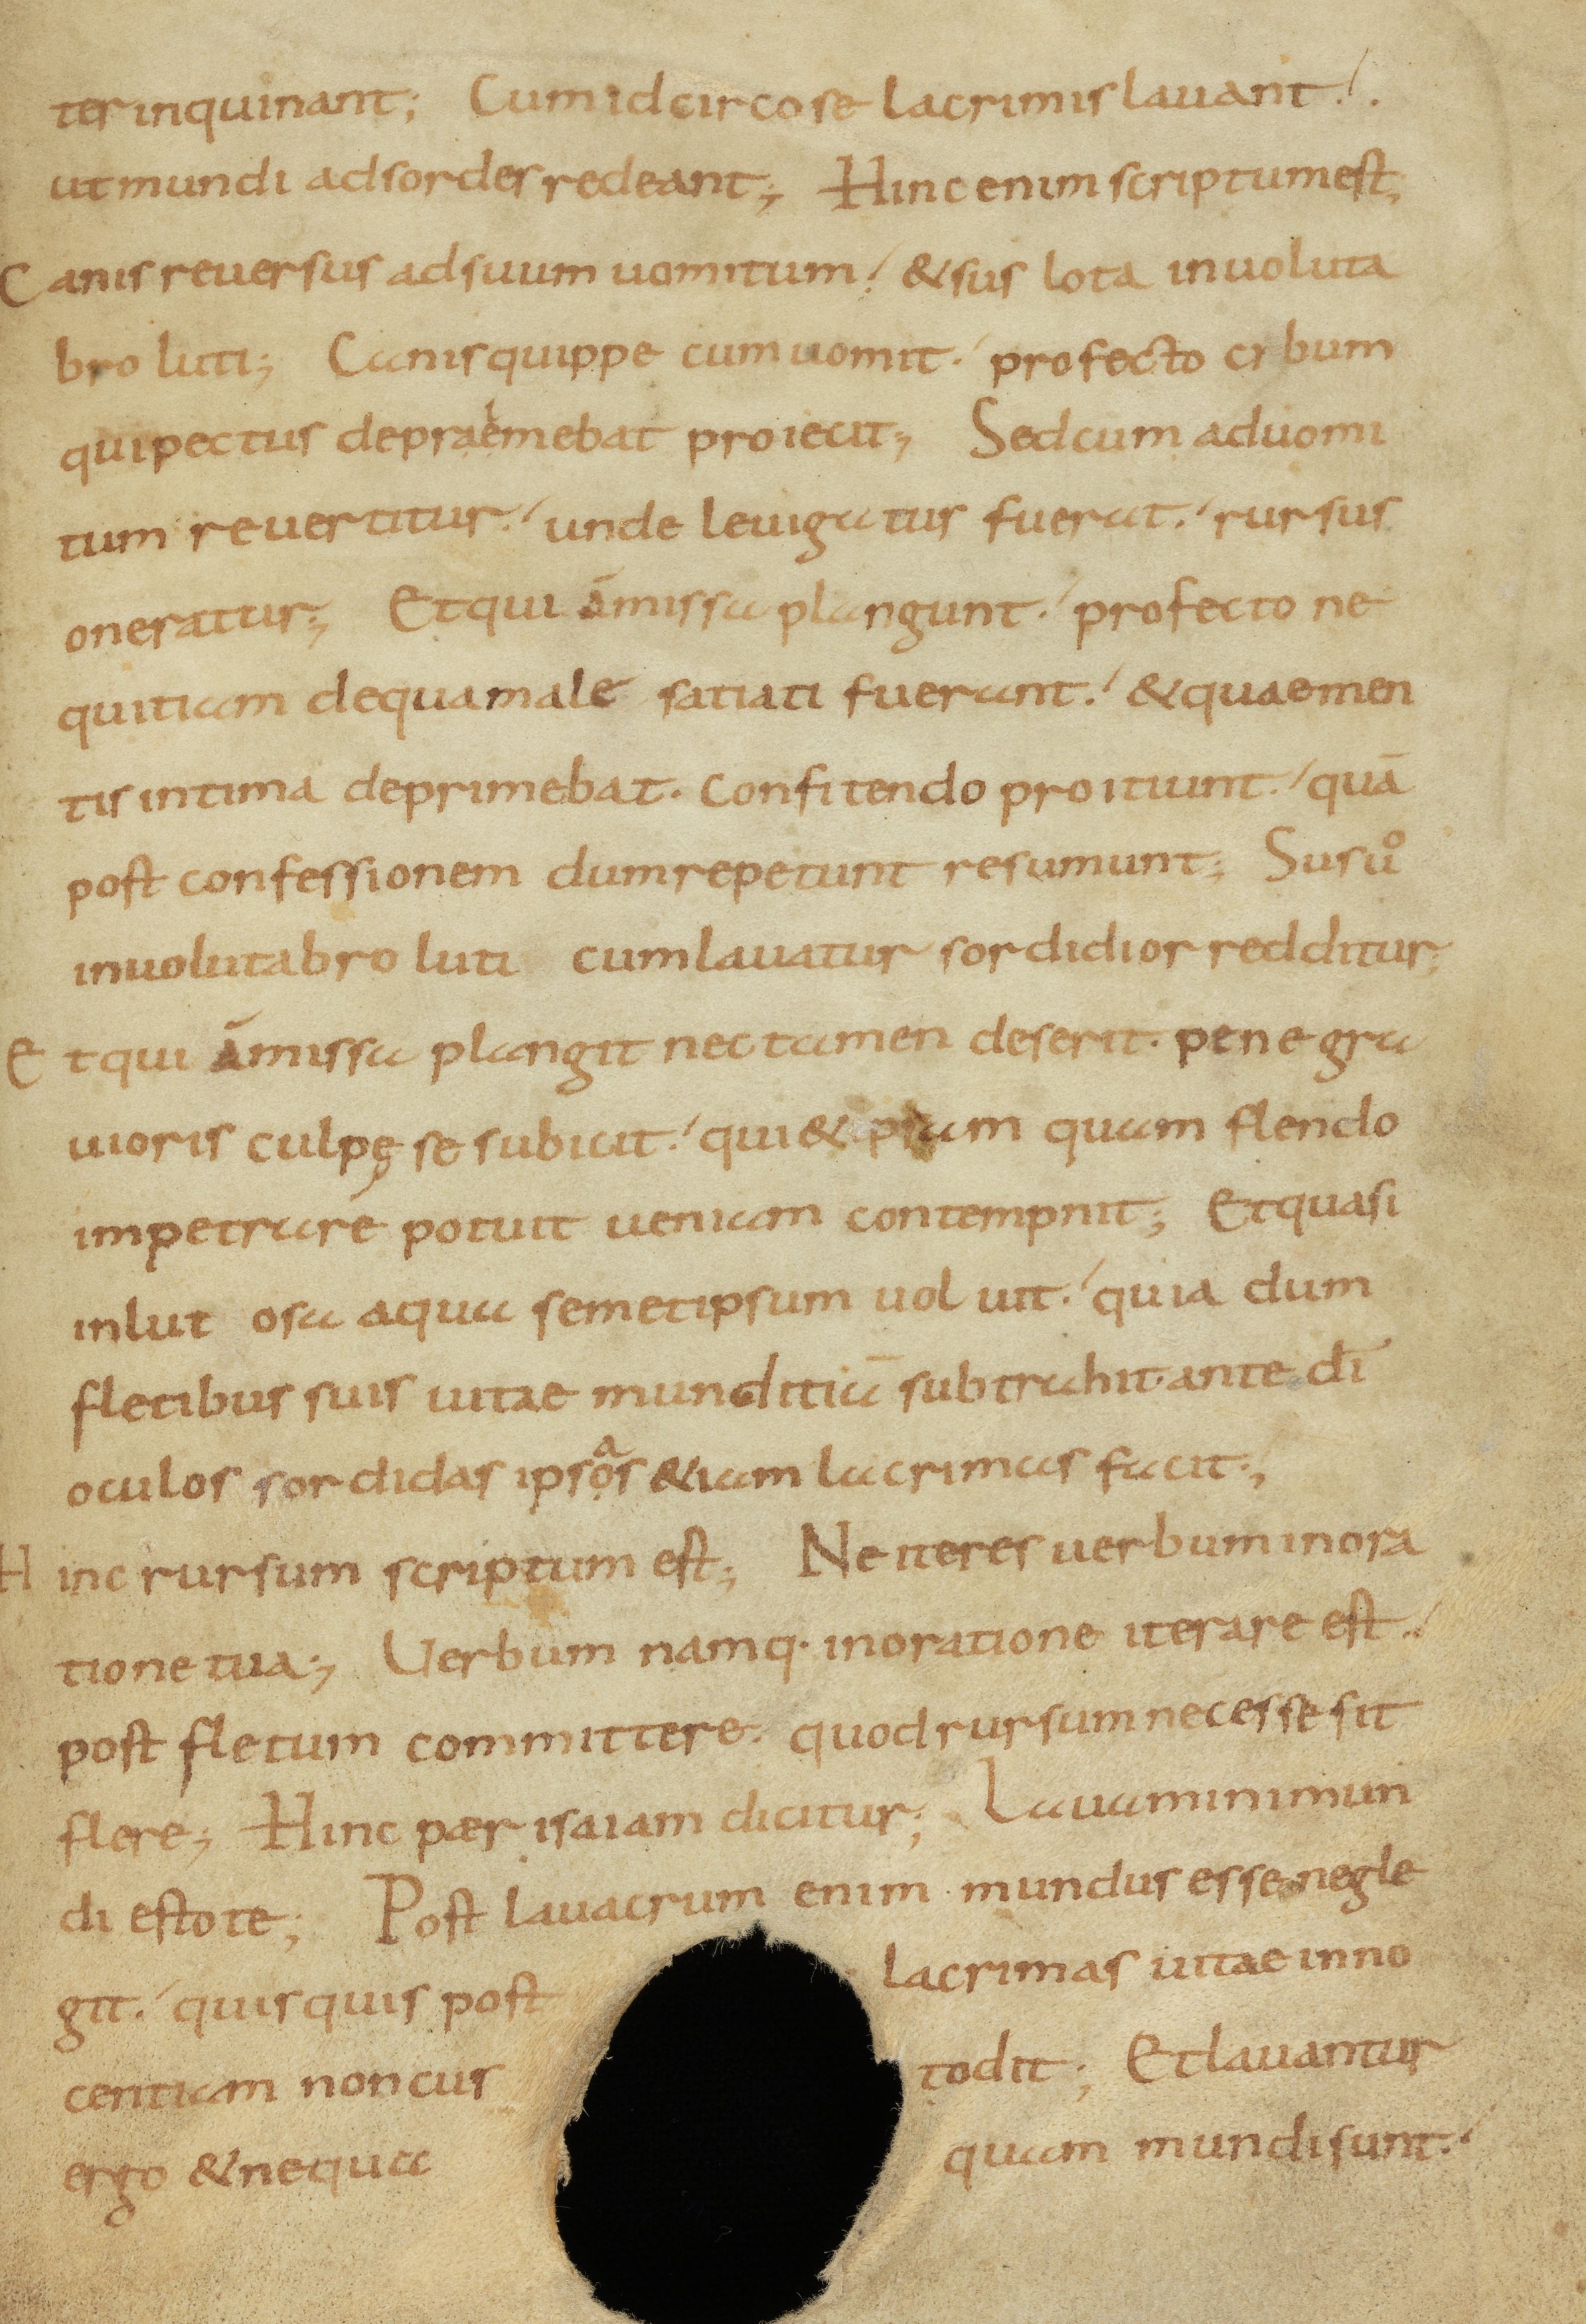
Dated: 800–899